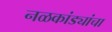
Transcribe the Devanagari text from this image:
नळकांड्यांचा